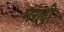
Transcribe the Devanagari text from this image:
मरादी